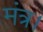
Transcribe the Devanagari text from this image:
मंत्र।